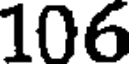
106